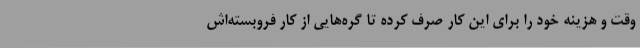
وقت و هزینه خود را برای این کار صرف کرده تا گره‌هایی از کار فروبسته‌اش